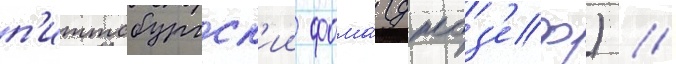
п'иттсбургск'ии фома́ (джоз'еф) //